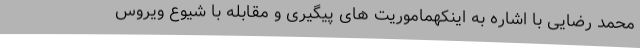
محمد رضایی با اشاره به اینکهماموریت های پیگیری و مقابله با شیوع ویروس